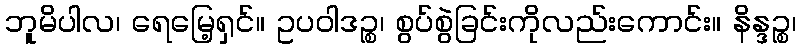
ဘူမိပါလ၊ ရေမြေ့ရှင်။ ဥပဝါဒဉ္စ၊ စွပ်စွဲခြင်းကိုလည်းကောင်း။ နိန္ဒဉ္စ၊